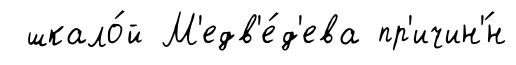
шкало́й М'едв'е́д'ева пр'ичин'́н